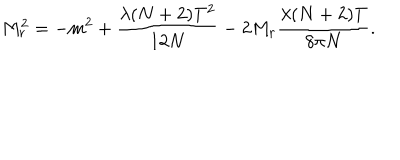
M _ { r } ^ { 2 } = - m ^ { 2 } + \frac { \lambda ( N + 2 ) T ^ { 2 } } { 1 2 N } - 2 M _ { r } \frac { \lambda ( N + 2 ) T } { 8 \pi N } .